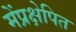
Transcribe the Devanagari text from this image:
मेंप्रक्षेपित